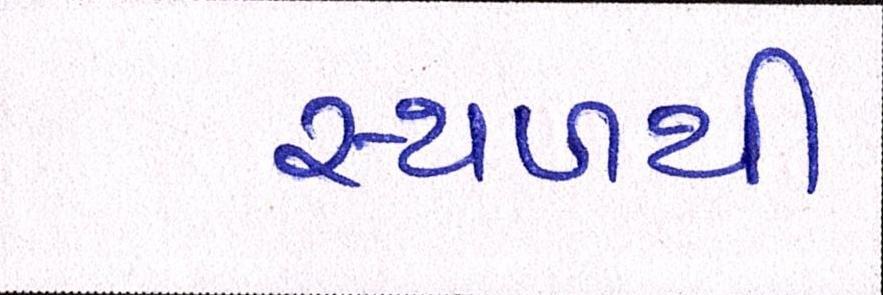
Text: સ્થળથી